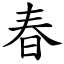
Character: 春